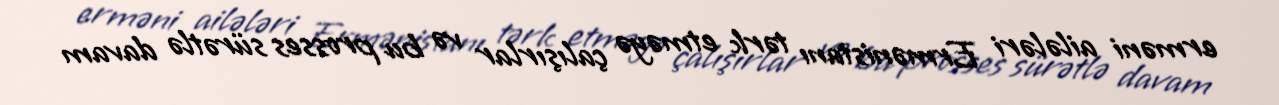
erməni ailələri Ermənistanı tərk etməyə çalışırlar və bu prosses sürətlə davam